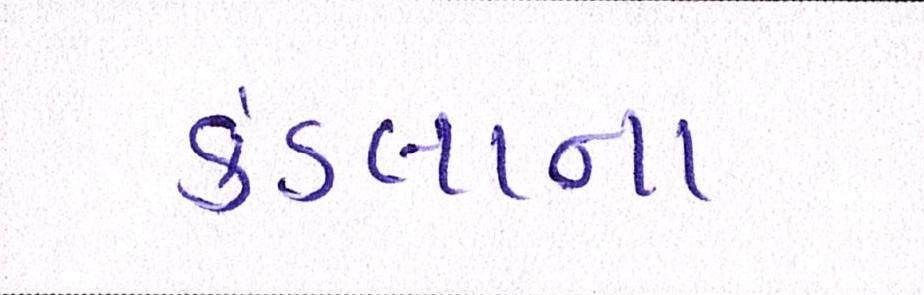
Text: કંડલાના